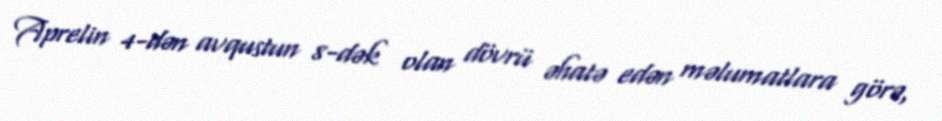
Aprelin 4-dən avqustun 8-dək olan dövrü əhatə edən məlumatlara görə,